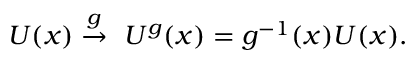
U ( x ) \stackrel { g } { \rightarrow } \ U ^ { g } ( x ) = g ^ { - 1 } ( x ) U ( x ) .